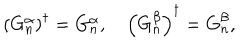
LaTeX: \left( G _ { n } ^ { \alpha } \right) ^ { \dagger } = G _ { n } ^ { \alpha } , \quad \left( G _ { n } ^ { \beta } \right) ^ { \dagger } = G _ { n } ^ { \beta } ,